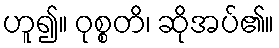
ဟူ၍။ ဝုစ္စတိ၊ ဆိုအပ်၏။